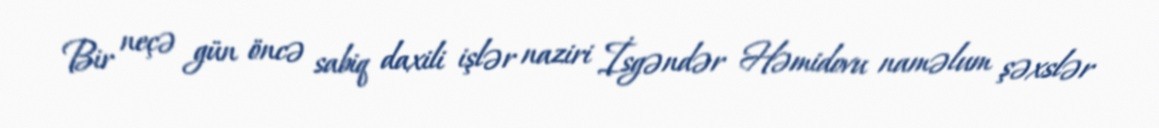
Bir neçə gün öncə sabiq daxili işlər naziri İsgəndər Həmidovu naməlum şəxslər